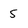
Character: 5